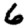
Digit: 6